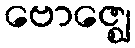
ဗောဇ္ဈေ